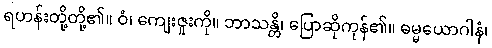
ရဟန်းတို့တို့၏။ ဝံ၊ ကျေးဇူးကို။ ဘာသန္တိ၊ ပြောဆိုကုန်၏။ ဓမ္မယောဂါနံ၊